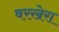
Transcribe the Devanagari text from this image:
बरखेरा